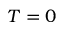
T = 0